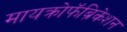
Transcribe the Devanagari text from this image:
मायक्रोफॅब्रिकेशन